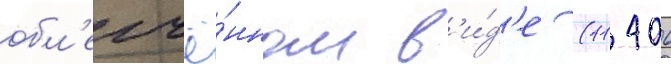
обл'егчё́нном в'и́д'е (11 406